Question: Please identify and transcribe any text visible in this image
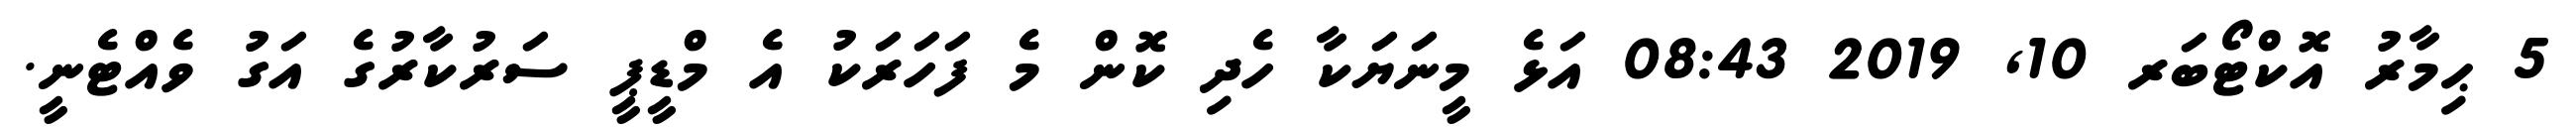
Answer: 5 ޙިމާރު އޮކްޓޯބަރ 10, 2019 08:43 އަޅެ މީނަޔަކާ ހެދި ކޮން މެ ފަހަރަކު އެ މްޑީޕީ ސަރުކާރުގެ އަގު ވެއްޓެނީ.